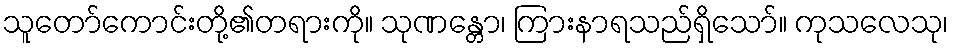
သူတော်ကောင်းတို့၏တရားကို။ သုဏန္တော၊ ကြားနာရသည်ရှိသော်။ ကုသလေသု၊